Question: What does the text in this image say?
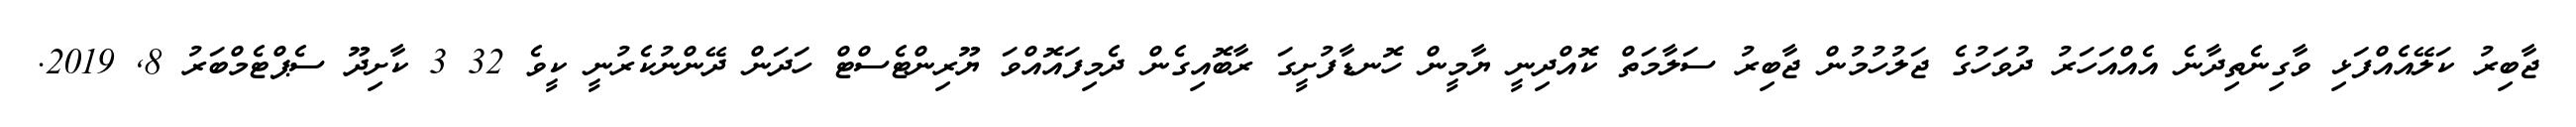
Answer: ޖާބިރު ކަލޭއެއްފަޅި ވާގިނެތިދާނެ އެއްއަހަރު ދުވަހުގެ ޖަލުހުމުން ޖާބިރު ސަލާމަތް ކޮއްދިނީ ޔާމީން ހޮނޑާފުށީގަ ރާބޮއިގެން ދެމިފައޮއްވަ ޔޫރިންޓެސްޓް ހަދަން ދޭންނުކެރުނީ ކީވެ 32 3 ކާށިދޫ ސެޕްޓެމްބަރު 8, 2019.